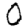
Digit: 0